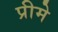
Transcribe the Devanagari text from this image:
प्रीमे